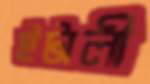
ইটালী